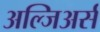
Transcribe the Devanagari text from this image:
अल्जिअर्स